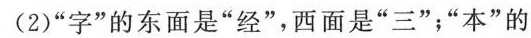
(2)”字”的东面是”经”，西面是”三”；”本”的